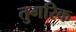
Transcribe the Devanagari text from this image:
तुगरिक